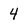
Character: 4